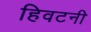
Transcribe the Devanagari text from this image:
हिवटनी